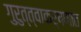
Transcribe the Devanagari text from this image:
गुरुत्त्वाकर्षणात